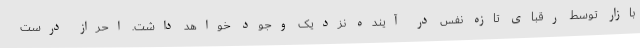
بازار توسط رقبای تازه نفس در آینده نزدیک وجود خواهد داشت. احراز درست